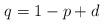
LaTeX: \begin{align*}q=1-p+d\end{align*}